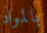
بالمواد